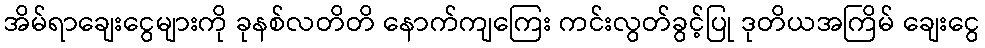
အိမ်ရာချေးငွေများကို ခုနစ်လတိတိ နောက်ကျကြေး ကင်းလွတ်ခွင့်ပြု ဒုတိယအကြိမ် ချေးငွေ